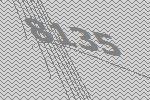
8135